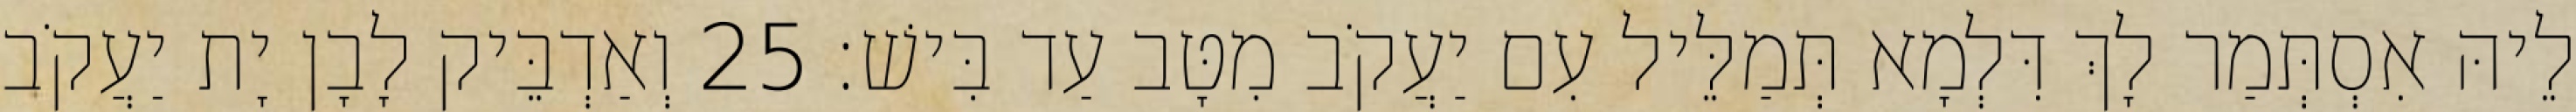
לֵיהּ אִסְתְּמַר לָךְ דִּלְמָא תְּמַלֵּיל עִם יַעֲקֹב מִטָּב עַד בִּישׁ׃ 25 וְאַדְבֵּיק לָבָן יָת יַעֲקֹב